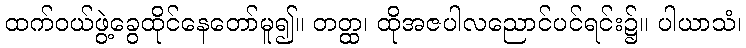
ထက်ဝယ်ဖွဲ့ခွေထိုင်နေတော်မူ၍။ တတ္ထ၊ ထိုအဇပါလညောင်ပင်ရင်း၌။ ပါယာသံ၊